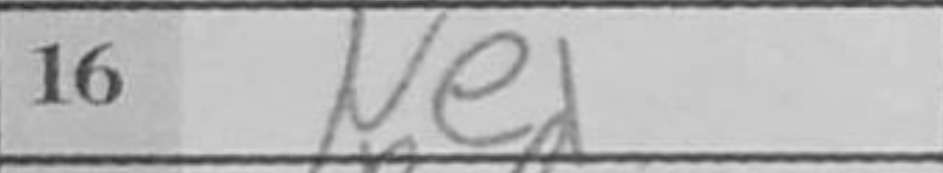
Transcription: Ne1